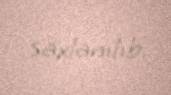
saxlanılıb.